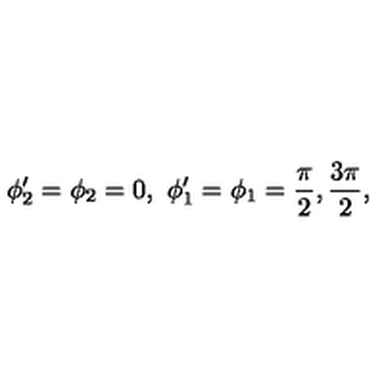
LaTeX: \phi _ { 2 } ^ { \prime } = \phi _ { 2 } = 0 , \ \phi _ { 1 } ^ { \prime } = \phi _ { 1 } = { \frac { \pi } { 2 } } , { \frac { 3 \pi } { 2 } } ,